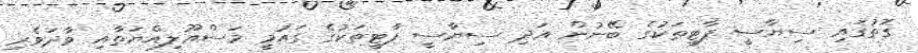
ގޮތުގައި ސިޔާސީ ޕާޓީތަކުގެ ބޭނުން އަދި ސިޔާސީ ޕާޓީތަކުގެ ގައުމީ މަސްއޫލިއްޔަތާއި ވާދަވެރި